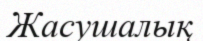
Жасушалық